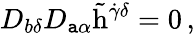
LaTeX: D_{b\delta}D_{\mathtt{a}\alpha}\tilde{{\mathrm{{h}}}}^{\dot{{\gamma}}\delta}=0\, ,